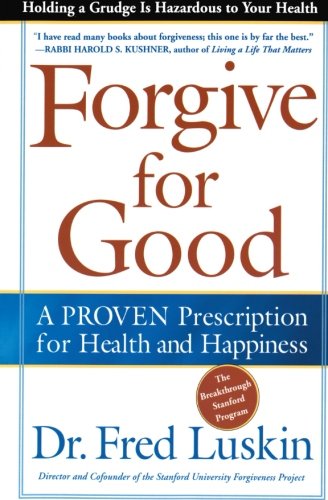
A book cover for Forgive for Good; Frederic Luskin; Parenting & Relationships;